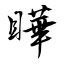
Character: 瞱